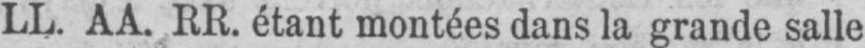
LL. AA. RR. étant montées dans la grande salle